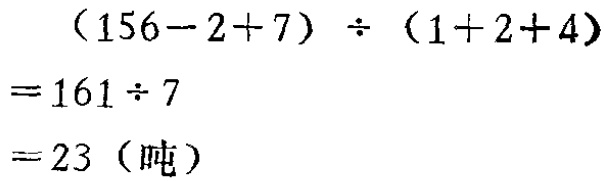
\[
\begin{align*}
&(156 - 2 + 7)\div(1 + 2 + 4)\\
=&161\div7\\
=&23（吨）
\end{align*}
\]